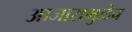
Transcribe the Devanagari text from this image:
आजारामुळेच